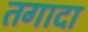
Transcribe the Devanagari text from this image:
तगादा